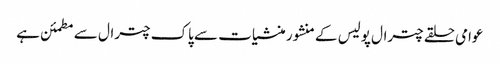
عوامی حلقے چترال پولیس کے منشور منشیات سے پاک چترال سے مطمئن ہے